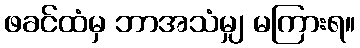
ဖခင်ထံမှ ဘာအသံမျှ မကြားရ။